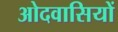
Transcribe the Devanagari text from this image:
ओदवासियों